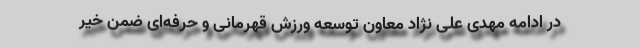
در ادامه مهدی علی نژاد معاون توسعه ورزش قهرمانی و حرفه‌ای ضمن خیر